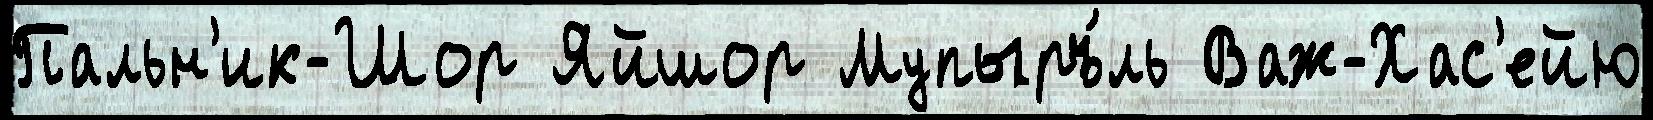
Пальн'ик-Шор Яйшор Мупыръ́ль Важ-Хас'ейю